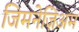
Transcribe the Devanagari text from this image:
जिमनेज़िअम